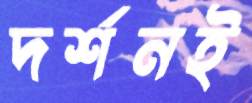
দর্শনই